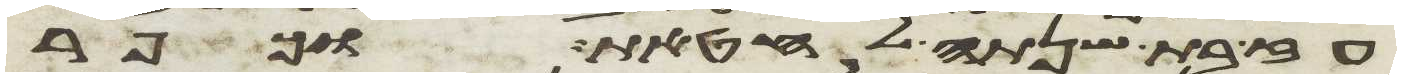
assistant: עז בת שנתה לחטאת וכפר